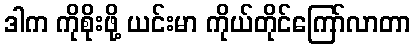
ဒါက ကိုစိုးဖို့ ယင်းမာ ကိုယ်တိုင်ကြော်လာတာ